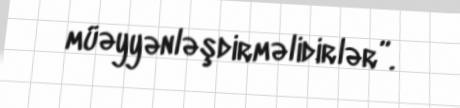
müəyyənləşdirməlidirlər”.